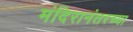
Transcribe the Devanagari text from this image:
मंदिरानंतरच्या